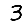
Digit: 3